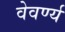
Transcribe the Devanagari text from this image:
वेवर्ण्य